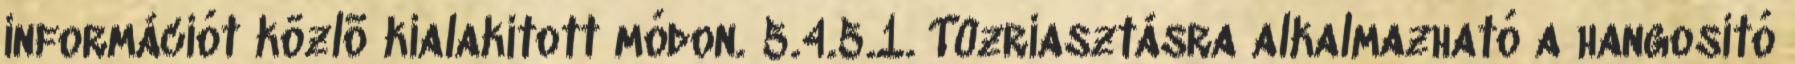
információt közlõ kialakított módon. 5.4.5.1. Tûzriasztásra alkalmazható a hangosító